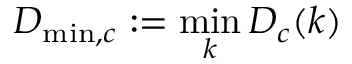
D _ { \operatorname* { m i n } , c } : = \operatorname* { m i n } _ { k } D _ { c } ( k )